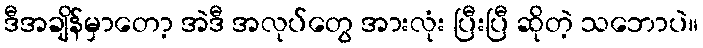
ဒီအချိန်မှာတော့ အဲဒီ အလုပ်တွေ အားလုံး ပြီးပြီ ဆိုတဲ့ သဘောပဲ။